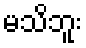
မသိဘူး